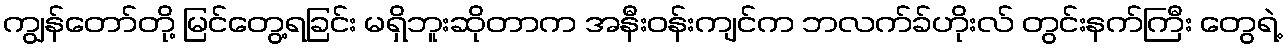
ကျွန်တော်တို့ မြင်တွေ့ရခြင်း မရှိဘူးဆိုတာက အနီးဝန်းကျင်က ဘလက်ခ်ဟိုးလ် တွင်းနက်ကြီး တွေရဲ့